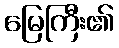
မြေကြီး၏